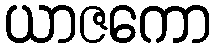
ယာဇကော